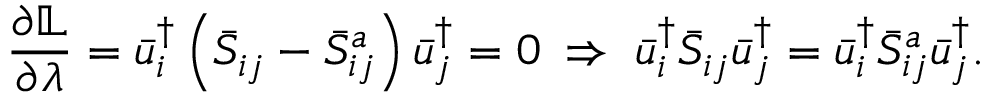
\frac { { \partial \mathbb { L } } } { { \partial \lambda } } = \bar { u } _ { i } ^ { \dag } \left( { { { \bar { S } } _ { i j } } - \bar { S } _ { i j } ^ { a } } \right) \bar { u } _ { j } ^ { \dag } = 0 \; \Rightarrow \; \bar { u } _ { i } ^ { \dag } { { \bar { S } } _ { i j } } \bar { u } _ { j } ^ { \dag } = \bar { u } _ { i } ^ { \dag } \bar { S } _ { i j } ^ { a } \bar { u } _ { j } ^ { \dag } .